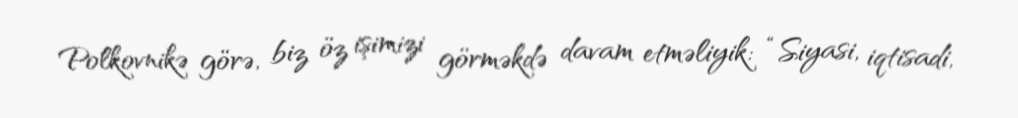
Polkovnikə görə, biz öz işimizi görməkdə davam etməliyik: “Siyasi, iqtisadi,